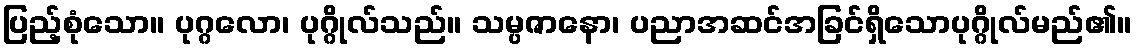
ပြည့်စုံသော။ ပုဂ္ဂလော၊ ပုဂ္ဂိုလ်သည်။ သမ္ပဇာနော၊ ပညာအဆင်အခြင်ရှိသောပုဂ္ဂိုလ်မည်၏။